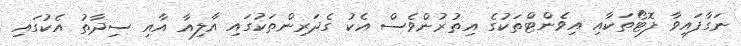
ނަގާފައިވާ ފޮޓޯތަކާއި އިވެންޓްތަކުގެ އިތުރުންވެސް އެކު ގެދަރިންތަކުގައި އާލިއާ އާއި ސިދާތު އެކުގައި